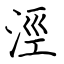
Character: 涇